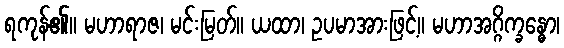
ရကုန်၏။ မဟာရာဇ၊ မင်းမြတ်။ ယထာ၊ ဥပမာအားဖြင့်။ မဟာအဂ္ဂိက္ခန္ဓော၊